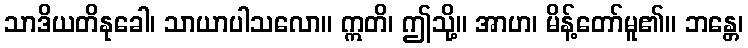
သာဒိယတိနုခေါ၊ သာယာပါသလော။ ဣတိ၊ ဤသို့။ အာဟ၊ မိန့်တော်မူ၏။ ဘန္တေ၊